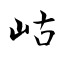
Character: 岵